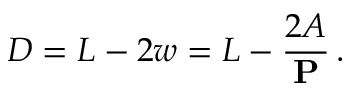
D = L - 2 w = L - \frac { 2 A } { \mathbf { P } } \, .